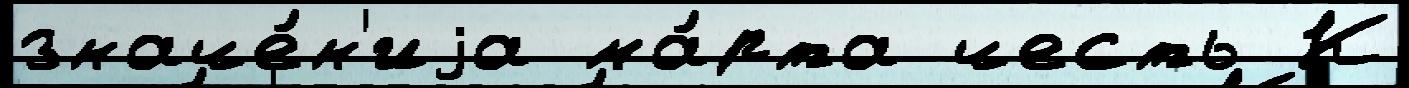
значе́н'иjа ма́рта честь К